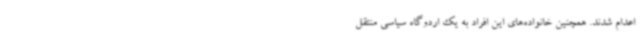
اعدام شدند. همچنین خانواده‌های این افراد به یک اردوگاه سیاسی منتقل